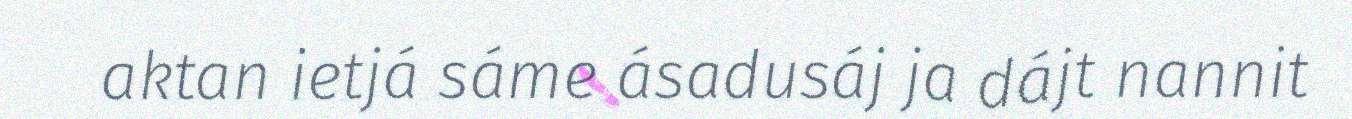
aktan ietjá sáme ásadusáj ja dájt nannit